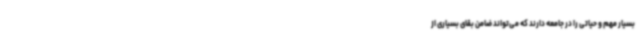
بسیار مهم و حیاتی را در جامعه دارند که می‌تواند ضامن بقای بسیاری از